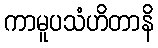
ကာမူပသံဟိတာနိ